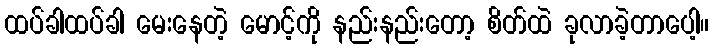
ထပ်ခါထပ်ခါ မေးနေတဲ့ မောင့်ကို နည်းနည်းတော့ စိတ်ထဲ ခုလာခဲ့တာပေါ့။